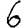
Digit: 6